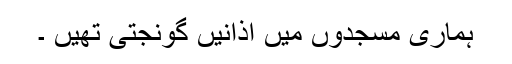
ہماری مسجدوں میں اذانیں گونجتی تھیں ۔